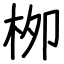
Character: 栁